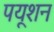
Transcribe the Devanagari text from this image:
पयूशन